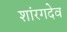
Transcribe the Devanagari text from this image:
शांरगदेव